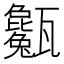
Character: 𤮭